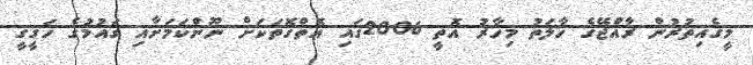
މީގެއިތުރުން ރާއްޖޭޭގެ ހާލަތު މިހާރު އޮތީ 2006ގައި އޮތްގޮތަކަށް ނޫންކަމަށާއި ގައުމުގެ ހަގީގީ